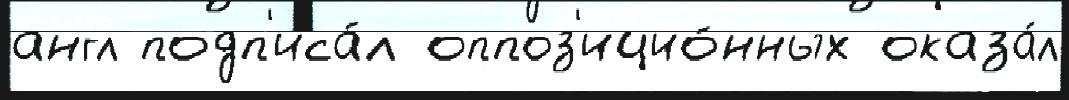
англ подп'иса́л оппоз'ицио́нных оказа́л